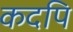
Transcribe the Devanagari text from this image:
कदपि